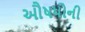
ઔષધોની